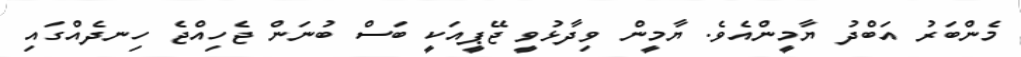
މެންބަރު އަބްދު ޔާމީންއެވެ. ޔާމީން ވިދާޅުވީ ޖޭޕީއަކީ ބަސް ބުނަން ޖެހިއްޖެ ހިނދެއްގައި